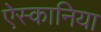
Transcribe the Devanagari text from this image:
ऐस्कानिया